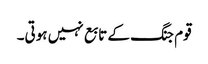
قوم جنگ کے تابع نہیں ہوتی۔